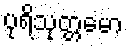
ပုရိသုတ္တမော